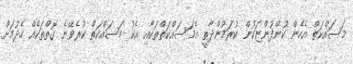
މަސައްކަތް އެހެން ކުންފުންޏަކުން ކުރަމުންދާތީ އެމަަސައްކަތްތަކާއި އެކު މަސައްކަތް ކުރެވޭނެ ގޮތްތަކެއް ހެދުމަށް